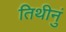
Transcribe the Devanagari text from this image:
तिथीनुं